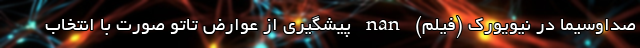
صداوسيما در نيويورک (فیلم) nan پیشگیری از عوارض تاتو صورت با انتخاب